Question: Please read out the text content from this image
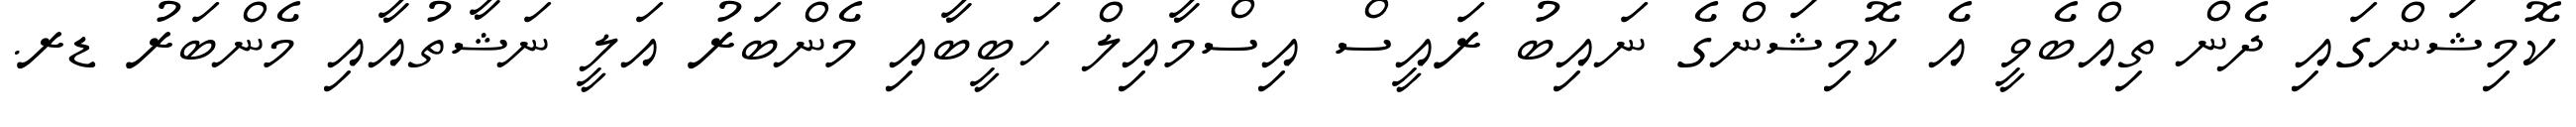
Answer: ކޮމިޝަންގައި ދެން ތިއްބެވީ އެ ކޮމިޝަންގެ ނައިބު ރައީސް އިސްމާއިލް ހަބީބާއި މެންބަރު އަލީ ނަޝާތުއާއި މެންބަރު ޑރ.